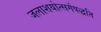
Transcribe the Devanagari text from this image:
जलाशयोत्सर्गपद्धति